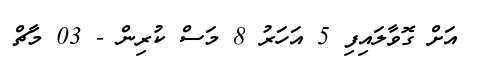
އަށް ގޮވާލައިފި 5 އަހަރު 8 މަސް ކުރިން - 03 މާޗް